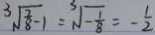
\sqrt [ 3 ] { \frac { 2 } { 8 } - 1 } = \sqrt [ 3 ] { - \frac { 1 } { 8 } } = - \frac { 1 } { 2 }